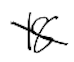
Text: 18
Cross-out: diagonal
Writing tool: digital_black